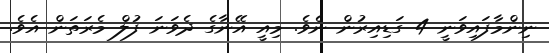
ނިންމާފައިވަނީ 4 ގަޑިއިރުން ނެވެ. މިއީ އޭނާގެ ދެވަނަ ފުލް މެރަތަން އެވެ.